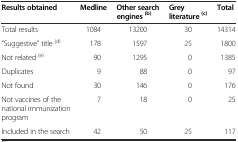
| Results obtained | Medline | Other search engines(b) | Grey literature(c) | Total |
 | --- | --- | --- | --- | --- |
 | Total results | 1084 | 13200 | 30 | 14314 |
 | “Suggestive” title (d) | 178 | 1597 | 25 | 1800 |
 | Not related (e) | 90 | 1295 | 0 | 1385 |
 | Duplicates | 9 | 88 | 0 | 97 |
 | Not found | 30 | 146 | 0 | 176 |
 | Not vaccines of the national immunization program | 7 | 18 | 0 | 25 |
 | Included in the search | 42 | 50 | 25 | 117 |